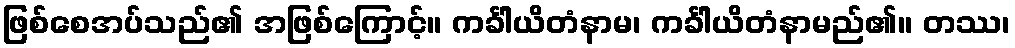
ဖြစ်စေအပ်သည်၏ အဖြစ်ကြောင့်။ ကင်္ခါယိတံနာမ၊ ကင်္ခါယိတံနာမည်၏။ တဿ၊